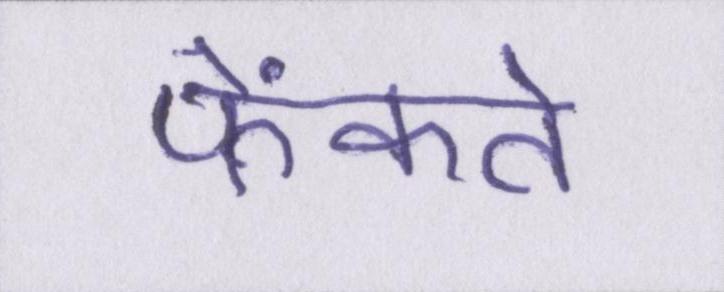
फेंकते